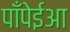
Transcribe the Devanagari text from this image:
पाँपेईआ